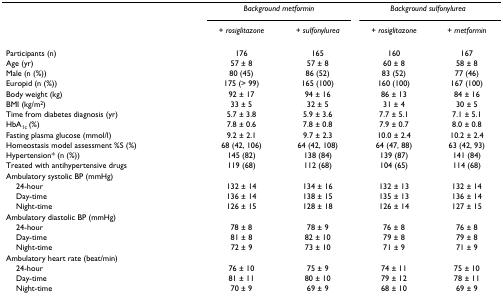
<table><thead><tr><td></td><td colspan="2"><b><i>Background metformin</i></b></td><td colspan="2"><b><i>Background sulfonylurea</i></b></td></tr><tr><td></td><td><b><i>+ rosiglitazone</i></b></td><td><b><i>+ sulfonylurea</i></b></td><td><b>+ <i>rosiglitazone</i></b></td><td><b>+ <i>metformin</i></b></td></tr></thead><tbody><tr><td>Participants (n)</td><td>176</td><td>165</td><td>160</td><td>167</td></tr><tr><td>Age (yr)</td><td>57 ± 8</td><td>57 ± 8</td><td>60 ± 8</td><td>58 ± 8</td></tr><tr><td>Male (n (%))</td><td>80 (45)</td><td>86 (52)</td><td>83 (52)</td><td>77 (46)</td></tr><tr><td>Europid (n (%))</td><td>175 (&gt; 99)</td><td>165 (100)</td><td>160 (100)</td><td>167 (100)</td></tr><tr><td>Body weight (kg)</td><td>92 ± 17</td><td>94 ± 16</td><td>86 ± 13</td><td>84 ± 16</td></tr><tr><td>BMI (kg/m<sup>2</sup>)</td><td>33 ± 5</td><td>32 ± 5</td><td>31 ± 4</td><td>30 ± 5</td></tr><tr><td>Time from diabetes diagnosis (yr)</td><td>5.7 ± 3.8</td><td>5.9 ± 3.6</td><td>7.7 ± 5.1</td><td>7.1 ± 5.1</td></tr><tr><td>HbA<sub>1c </sub>(%)</td><td>7.8 ± 0.6</td><td>7.8 ± 0.8</td><td>7.9 ± 0.7</td><td>8.0 ± 0.8</td></tr><tr><td>Fasting plasma glucose (mmol/l)</td><td>9.2 ± 2.1</td><td>9.7 ± 2.3</td><td>10.0 ± 2.4</td><td>10.2 ± 2.4</td></tr><tr><td>Homeostasis model assessment %S (%)</td><td>68 (42, 106)</td><td>64 (42, 108)</td><td>64 (47, 88)</td><td>63 (42, 93)</td></tr><tr><td>Hypertension* (n (%))</td><td>145 (82)</td><td>138 (84)</td><td>139 (87)</td><td>141 (84)</td></tr><tr><td>Treated with antihypertensive drugs</td><td>119 (68)</td><td>112 (68)</td><td>104 (65)</td><td>114 (68)</td></tr><tr><td>Ambulatory systolic BP (mmHg)</td><td></td><td></td><td></td><td></td></tr><tr><td> 24-hour</td><td>132 ± 14</td><td>134 ± 16</td><td>132 ± 13</td><td>132 ± 14</td></tr><tr><td> Day-time</td><td>136 ± 14</td><td>138 ± 15</td><td>135 ± 13</td><td>136 ± 14</td></tr><tr><td> Night-time</td><td>126 ± 15</td><td>128 ± 18</td><td>126 ± 14</td><td>127 ± 15</td></tr><tr><td>Ambulatory diastolic BP (mmHg)</td><td></td><td></td><td></td><td></td></tr><tr><td> 24-hour</td><td>78 ± 8</td><td>78 ± 9</td><td>76 ± 8</td><td>76 ± 8</td></tr><tr><td> Day-time</td><td>81 ± 8</td><td>82 ± 10</td><td>79 ± 8</td><td>79 ± 8</td></tr><tr><td> Night-time</td><td>72 ± 9</td><td>73 ± 10</td><td>71 ± 9</td><td>71 ± 9</td></tr><tr><td>Ambulatory heart rate (beat/min)</td><td></td><td></td><td></td><td></td></tr><tr><td> 24-hour</td><td>76 ± 10</td><td>75 ± 9</td><td>74 ± 11</td><td>75 ± 10</td></tr><tr><td> Day-time</td><td>81 ± 11</td><td>80 ± 10</td><td>79 ± 12</td><td>78 ± 11</td></tr><tr><td> Night-time</td><td>70 ± 9</td><td>69 ± 9</td><td>68 ± 10</td><td>69 ± 9</td></tr></tbody></table>